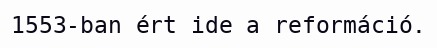
1553-ban ért ide a reformáció.